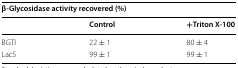
| <COLSPAN=3> β-Glycosidase activity recovered (%) |
 |  | Control | +Triton X-100 |
 | --- | --- | --- |
 | BGTl | 22 ± 1 | 80 ± 4 |
 | LacS | 99 ± 1 | 99 ± 1 |